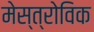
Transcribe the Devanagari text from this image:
मेस्त्रोविक